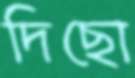
দিছো